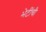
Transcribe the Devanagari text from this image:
भेटींची